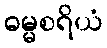
ဓမ္မစရိယံ